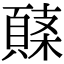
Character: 𩓸